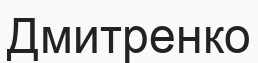
Дмитренко